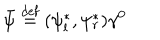
\bar { \psi } \stackrel { \mathrm { d e f } } { = } ( \psi _ { l } ^ { \ast } , \psi _ { r } ^ { \ast } ) \gamma ^ { 0 }